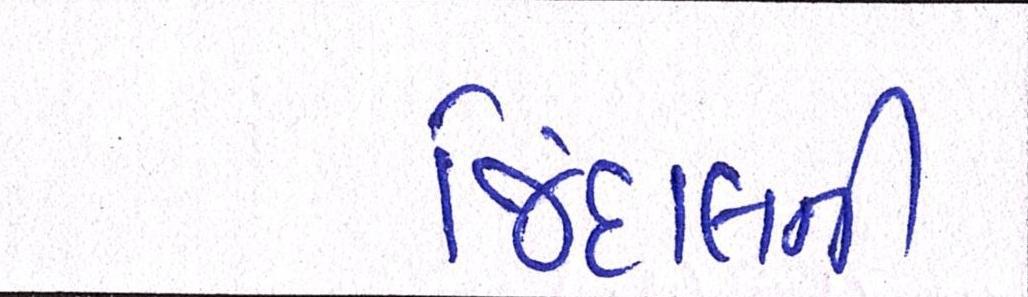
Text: જિંદાલની